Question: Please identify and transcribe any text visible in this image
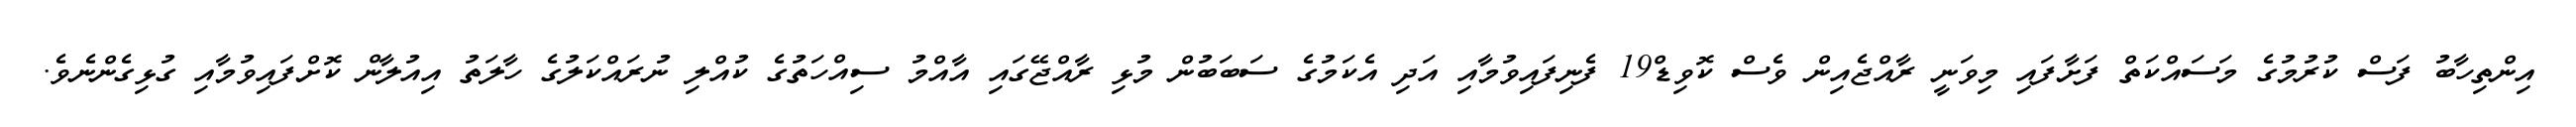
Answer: އިންތިހާބު ފަސް ކުރުމުގެ މަސައްކަތް ފަށާފައި މިވަނީ ރާއްޖެއިން ވެސް ކޮވިޑް19 ފެނިފައިވުމާއި އަދި އެކަމުގެ ސަބަބުން މުޅި ރާއްޖޭގައި އާއްމު ސިއްހަތުގެ ކުއްލި ނުރައްކަލުގެ ހާލަތު އިއުލާން ކޮށްފައިވުމާއި ގުޅިގެންނެވެ.